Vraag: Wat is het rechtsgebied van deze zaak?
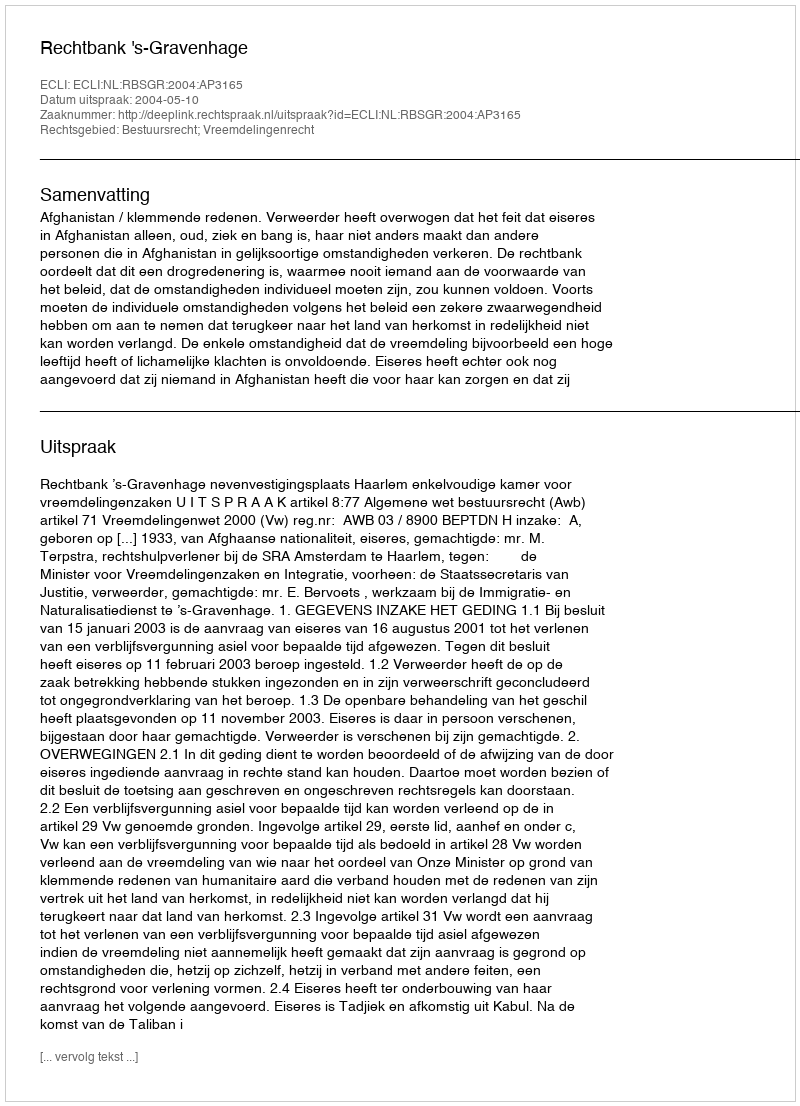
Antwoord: Bestuursrecht; Vreemdelingenrecht